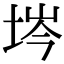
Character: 埁